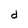
Character: d